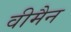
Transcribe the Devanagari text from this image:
वीमैन